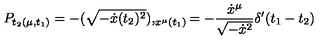
P _ { t _ { 2 } ( \mu , t _ { 1 } ) } = - ( \sqrt { - \dot { x } ( t _ { 2 } ) ^ { 2 } } ) , _ { x ^ { \mu } ( t _ { 1 } ) } = - { \frac { \dot { x } ^ { \mu } } { \sqrt { - \dot { x } ^ { 2 } } } } \delta ^ { \prime } ( t _ { 1 } - t _ { 2 } )